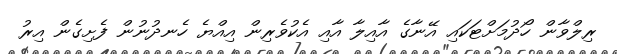
ރިލްވާން ހޯދުމަށްޓަކައި އޭނާގެ އާއިލާ އާއި އެކުވެރިން އިއްޔެ ހެނދުނުން ފެށިގެން އިރު